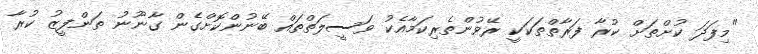
"މިފަދަ ކުށްތަށް ކުރާ ފަރާތްތަކަކީ ރޭވުންތެރިކަމާއެކު ވަސީލަތްތައް ބޭނުންކޮށްގެން ގާނޫނު ތަންފީޒު ކުރާ